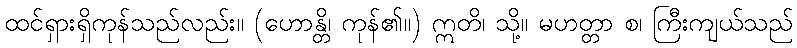
ထင်ရှားရှိကုန်သည်လည်း။ (ဟောန္တိ၊ ကုန်၏။) ဣတိ၊ သို့။ မဟတ္တာ စ၊ ကြီးကျယ်သည်